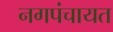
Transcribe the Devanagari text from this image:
नगपंचायत